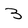
Character: 3